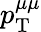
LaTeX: p_{\mathrm{T}}^{\mu\mu}